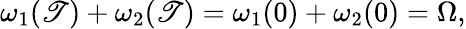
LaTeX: \omega_{1}(\mathscr{T})+\omega_{2}(\mathscr{T})=\omega_{1}(0)+\omega_{2}(0)=\Omega,